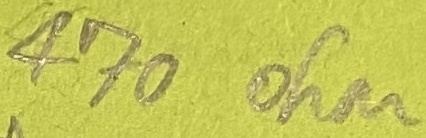
Text: 470ohm